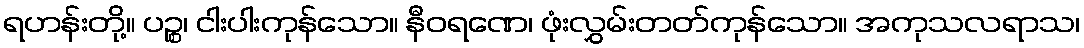
ရဟန်းတို့။ ပဉ္စ၊ ငါးပါးကုန်သော။ နီဝရဏေ၊ ဖုံးလွှမ်းတတ်ကုန်သော။ အကုသလရာသ၊